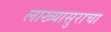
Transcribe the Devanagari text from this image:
लाख्यासुराचा